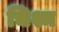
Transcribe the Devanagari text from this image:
चिश्म